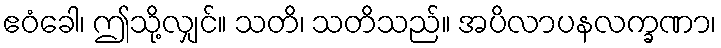
ဧဝံခေါ၊ ဤသို့လျှင်။ သတိ၊ သတိသည်။ အပိလာပနလက္ခဏာ၊